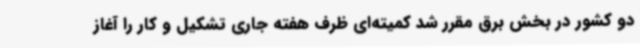
دو کشور در بخش برق مقرر شد کمیته‌ای ظرف هفته جاری تشکیل و کار را آغاز